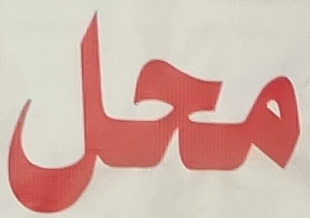
محل